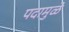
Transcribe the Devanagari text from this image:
पदामुळे